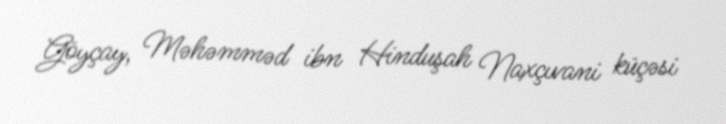
Göyçay, Məhəmməd ibn Hinduşah Naxçıvani küçəsi